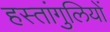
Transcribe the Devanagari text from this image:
हस्तांगुलियों